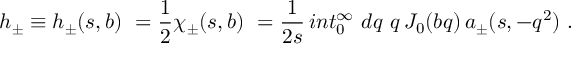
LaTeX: h _ { \pm } \equiv h _ { \pm } ( s , b ) \ = { \frac { 1 } { 2 } } \chi _ { \pm } ( s , b ) \ = { \frac { 1 } { 2 s } } \, i n t _ { 0 } ^ { \infty } \ d q \ q \, J _ { 0 } ( b q ) \, a _ { \pm } ( s , - q ^ { 2 } ) \ .